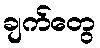
ချက်တွေ